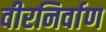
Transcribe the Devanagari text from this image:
वीरनिर्वाण